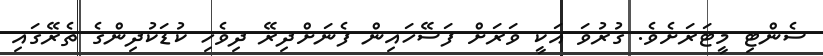
ސެންޓި މީޓަރަށެވެ. ގުރުވަ އަކީ ވަރަށް ފަސޭހައިން ފެނަށްދިރޭ ދިވެހި ކުޑަކުދިންގެ ތެރޭގައި